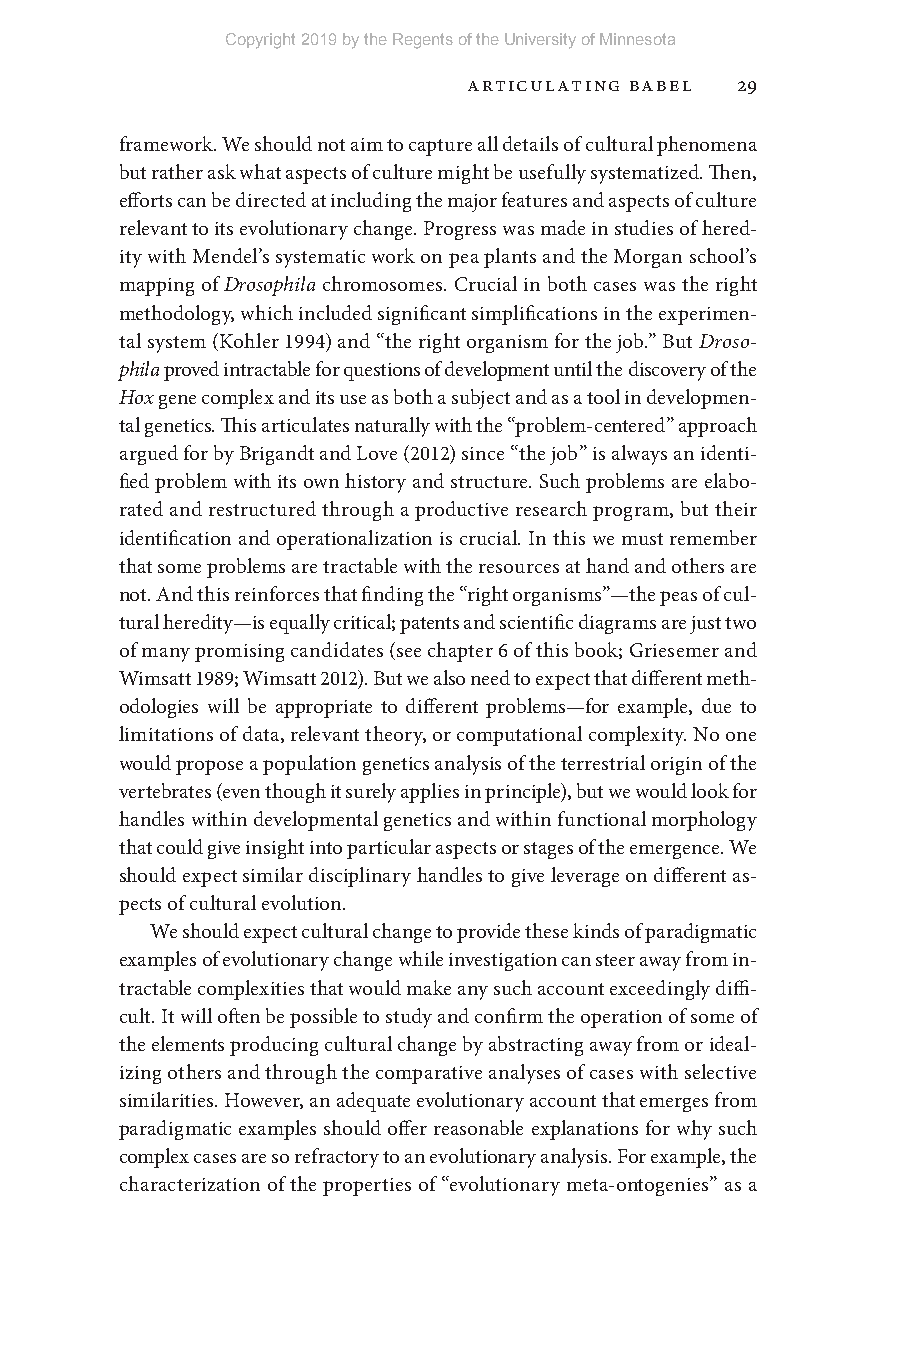
Copyright 2019 by the Regents of the University of Minnesota
 Articulating Babel 29
 framework. We should not aim to capture all details of cultural phenomena
 but rather ask what aspects of culture might be usefully systematized. Then,
 efforts can be directed at including the major features and aspects of culture
 relevant to its evolutionary change. Progress was made in studies of hered-
 ity with Mendel’s systematic work on pea plants and the Morgan school’s
 mapping of Drosophila chromosomes. Crucial in both cases was the right
 methodology, which included significant simplifications in the experimen-
 tal system (Kohler 1994) and “the right organism for the job.” But Droso-
 phila proved intractable for questions of development until the discovery of the
 Hox gene complex and its use as both a subject and as a tool in developmen-
 tal genetics. This articulates naturally with the “problem- centered” approach
 argued for by Brigandt and Love (2012) since “the job” is always an identi-
 fied problem with its own history and structure. Such problems are elabo-
 rated and restructured through a productive research program, but their
 identification and operationalization is crucial. In this we must remember
 that some problems are tractable with the resources at hand and others are
 not. And this reinforces that finding the “right organisms”— the peas of cul-
 tural heredity— is equally critical; patents and scientific diagrams are just two
 of many promising candidates (see chapter 6 of this book; Griesemer and
 Wimsatt 1989; Wimsatt 2012). But we also need to expect that different meth-
 odologies will be appropriate to different problems— for example, due to
 limitations of data, relevant theory, or computational complexity. No one
 would propose a population genetics analysis of the terrestrial origin of the
 vertebrates (even though it surely applies in principle), but we would look for
 handles within developmental genetics and within functional morphology
 that could give insight into particular aspects or stages of the emergence. We
 should expect similar disciplinary handles to give leverage on different as-
 pects of cultural evolution.
 We should expect cultural change to provide these kinds of paradigmatic
 examples of evolutionary change while investigation can steer away from in-
 tractable complexities that would make any such account exceedingly diffi-
 cult. It will often be possible to study and confirm the operation of some of
 the elements producing cultural change by abstracting away from or ideal-
 izing others and through the comparative analyses of cases with selective
 similarities. However, an adequate evolutionary account that emerges from
 paradigmatic examples should offer reasonable explanations for why such
 complex cases are so refractory to an evolutionary analysis. For example, the
 characterization of the properties of “evolutionary meta- ontogenies” as a